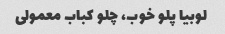
لوبیا پلو خوب، چلو کباب معمولی